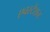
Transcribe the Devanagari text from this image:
एवस्टेंशन